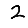
Digit: 2